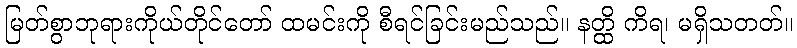
မြတ်စွာဘုရားကိုယ်တိုင်တော် ထမင်းကို စီရင်ခြင်းမည်သည်။ နတ္ထိ ကိရ၊ မရှိသတတ်။